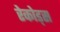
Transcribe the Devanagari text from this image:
रेकोड्स